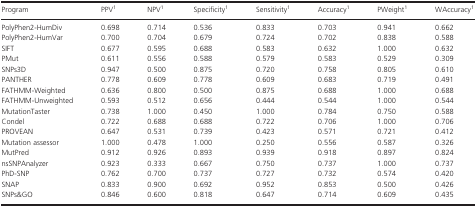
<table><thead><tr><td><b>Program</b></td><td><b>PPV1</b></td><td><b>NPV1</b></td><td><b>Specificity1</b></td><td><b>Sensitivity1</b></td><td><b>Accuracy1</b></td><td><b>PWeight1</b></td><td><b>WAccuracy1</b></td></tr></thead><tbody><tr><td>PolyPhen2-HumDiv</td><td>0.698</td><td>0.714</td><td>0.536</td><td>0.833</td><td>0.703</td><td>0.941</td><td>0.662</td></tr><tr><td>PolyPhen2-HumVar</td><td>0.700</td><td>0.704</td><td>0.679</td><td>0.724</td><td>0.702</td><td>0.838</td><td>0.588</td></tr><tr><td>SIFT</td><td>0.677</td><td>0.595</td><td>0.688</td><td>0.583</td><td>0.632</td><td>1.000</td><td>0.632</td></tr><tr><td>PMut</td><td>0.611</td><td>0.556</td><td>0.588</td><td>0.579</td><td>0.583</td><td>0.529</td><td>0.309</td></tr><tr><td>SNPs3D</td><td>0.947</td><td>0.500</td><td>0.875</td><td>0.720</td><td>0.758</td><td>0.805</td><td>0.610</td></tr><tr><td>PANTHER</td><td>0.778</td><td>0.609</td><td>0.778</td><td>0.609</td><td>0.683</td><td>0.719</td><td>0.491</td></tr><tr><td>FATHMM-Weighted</td><td>0.636</td><td>0.800</td><td>0.500</td><td>0.875</td><td>0.688</td><td>1.000</td><td>0.688</td></tr><tr><td>FATHMM-Unweighted</td><td>0.593</td><td>0.512</td><td>0.656</td><td>0.444</td><td>0.544</td><td>1.000</td><td>0.544</td></tr><tr><td>MutationTaster</td><td>0.738</td><td>1.000</td><td>0.450</td><td>1.000</td><td>0.784</td><td>0.750</td><td>0.588</td></tr><tr><td>Condel</td><td>0.722</td><td>0.688</td><td>0.688</td><td>0.722</td><td>0.706</td><td>1.000</td><td>0.706</td></tr><tr><td>PROVEAN</td><td>0.647</td><td>0.531</td><td>0.739</td><td>0.423</td><td>0.571</td><td>0.721</td><td>0.412</td></tr><tr><td>Mutation assessor</td><td>1.000</td><td>0.478</td><td>1.000</td><td>0.250</td><td>0.556</td><td>0.587</td><td>0.326</td></tr><tr><td>MutPred</td><td>0.912</td><td>0.926</td><td>0.893</td><td>0.939</td><td>0.918</td><td>0.897</td><td>0.824</td></tr><tr><td>nsSNPAnalyzer</td><td>0.923</td><td>0.333</td><td>0.667</td><td>0.750</td><td>0.737</td><td>1.000</td><td>0.737</td></tr><tr><td>PhD-SNP</td><td>0.762</td><td>0.700</td><td>0.737</td><td>0.727</td><td>0.732</td><td>0.574</td><td>0.420</td></tr><tr><td>SNAP</td><td>0.833</td><td>0.900</td><td>0.692</td><td>0.952</td><td>0.853</td><td>0.500</td><td>0.426</td></tr><tr><td>SNPs&amp;GO</td><td>0.846</td><td>0.600</td><td>0.818</td><td>0.647</td><td>0.714</td><td>0.609</td><td>0.435</td></tr></tbody></table>